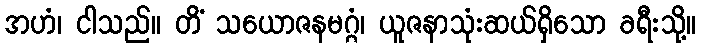
အဟံ၊ ငါသည်။ တိံ သယောဇနမဂ္ဂံ၊ ယူဇနာသုံးဆယ်ရှိသော ခရီးသို့။